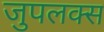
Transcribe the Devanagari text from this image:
जुपलक्स